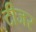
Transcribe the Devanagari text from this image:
टीजर